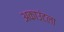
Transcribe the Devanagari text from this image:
अकाउंटला